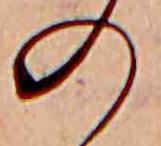
の